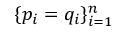
\{ p _ { i } = q _ { i } \} _ { i = 1 } ^ { n }